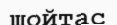
шойтас